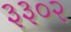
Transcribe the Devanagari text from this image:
३३०२